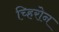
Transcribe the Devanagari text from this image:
च्हिरोन